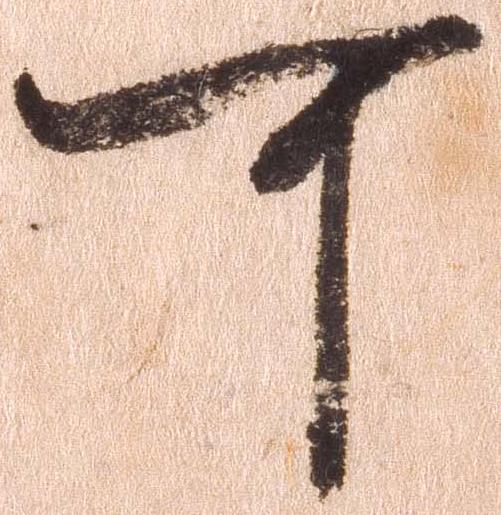
可